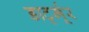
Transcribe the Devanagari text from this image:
डार्ट्मूर